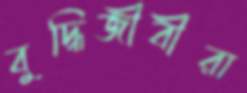
বুদ্ধিজীবীরা